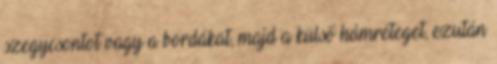
szegycsontot vagy a bordákat, majd a külső hámréteget, ezután